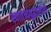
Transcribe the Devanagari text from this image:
स्वातंत्र्ययुद्धासाठी